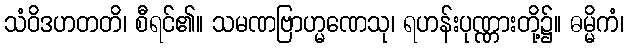
သံဝိဒဟတတိ၊ စီရင်၏။ သမဏဗြာဟ္မဏေသု၊ ရဟန်းပုဏ္ဏားတို့၌။ ဓမ္မိကံ၊